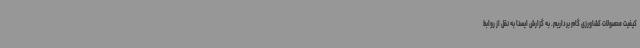
کیفیت محصولات کشاورزی گام برداریم. به گزارش ایسنا به نقل از روابط